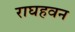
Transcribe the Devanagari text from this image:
राघहवन